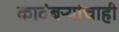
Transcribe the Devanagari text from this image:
कादंबऱ्यांचाही